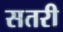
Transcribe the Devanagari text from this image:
सतरी